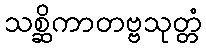
သစ္ဆိကာတဗ္ဗသုတ္တံ